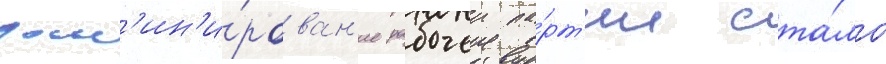
дом'ин'и́рован'ие рабочеи па́рт'ии ста́ло